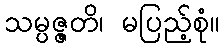
သမ္ပဇ္ဇတိ၊ မပြည့်စုံ။